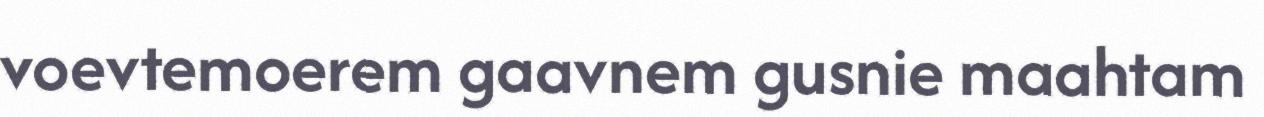
voevtemoerem gaavnem gusnie maahtam